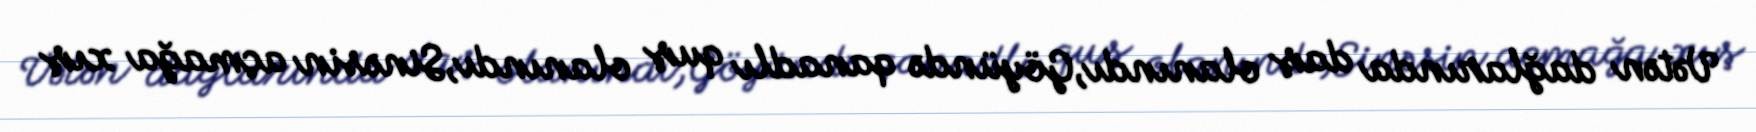
Vətən dağlarında daş olanındı,Göyündə qanadlı quş olanındı,Sinəsin açmağa xış